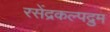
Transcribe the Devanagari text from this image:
रसेंद्रकल्पद्रुम